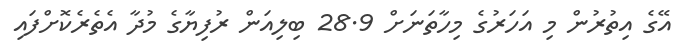
އޭގެ އިތުރުން މި އަހަރުގެ މިހާތަނަށް 28.9 ބިލިއަން ރުފިޔާގެ މުދާ އެތެރެކޮށްފައި